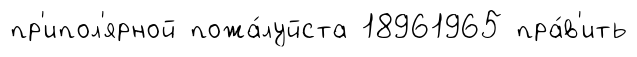
пр'ипол'ярной пожа́луйста 18961965 пра́в'ить